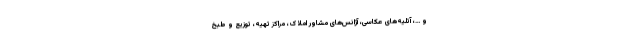
و …، آتلیه‌های عکاسی، آژانس‌های مشاور املاک، مراکز تهیه، توزیع و طبخ